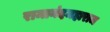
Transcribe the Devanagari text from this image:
रामानंदमहाराज